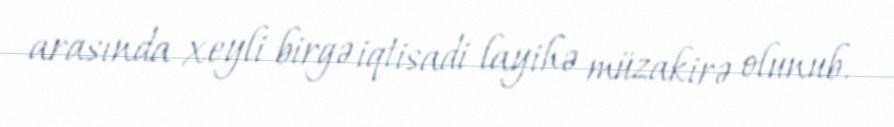
arasında xeyli birgə iqtisadi layihə müzakirə olunub.